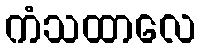
ကံသထာလေ